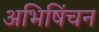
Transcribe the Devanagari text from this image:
अभिषिंचन